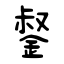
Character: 錖